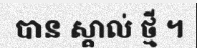
បាន ស្គាល់ ថ្មី ។